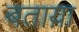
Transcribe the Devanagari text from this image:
बताय़ा